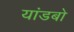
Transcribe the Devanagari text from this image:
यांडबो